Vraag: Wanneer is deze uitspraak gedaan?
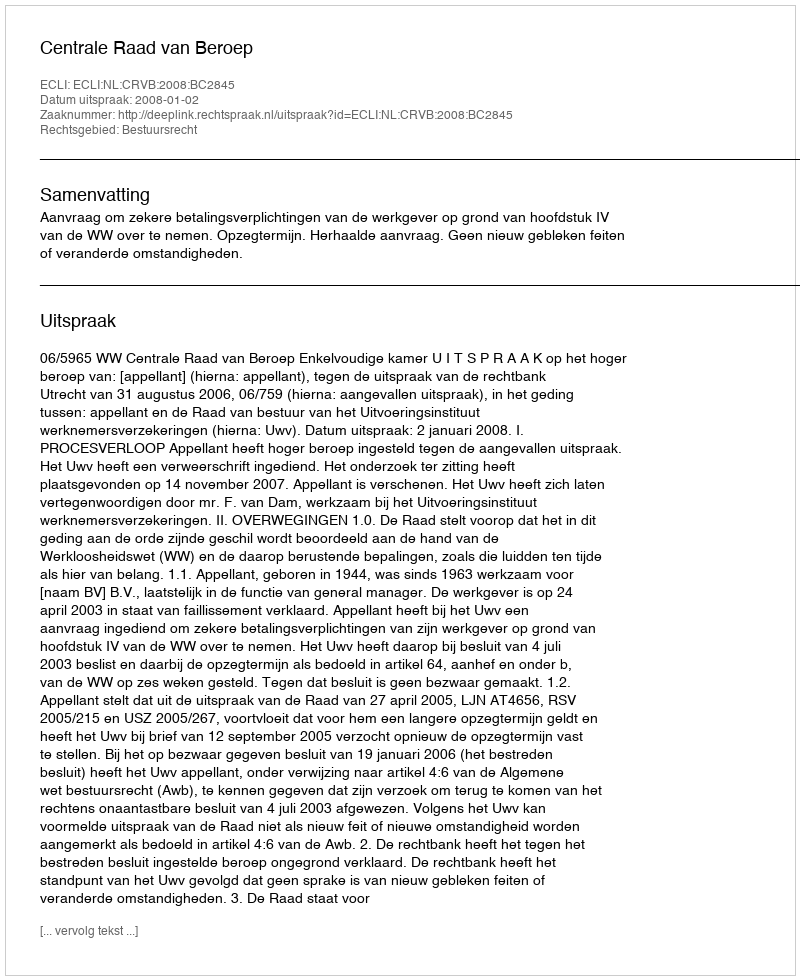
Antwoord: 2008-01-02